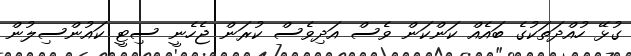
ގުޅޭ ހުއްދަތަކުގެ ބައެއް ކަންކަން ވެސް އަދިވެސް ކުރަން ޖެހެނީ ސިޓީ ކައުންސިލުން